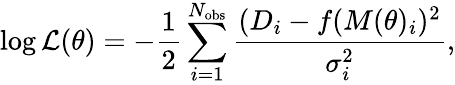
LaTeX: \log\mathcal{L}(\theta)=-\frac{1}{2}\sum_{i=1}^{N_{\mathrm{obs}}}\frac{(D_{i}-f(M(\theta)_{i})^{2}}{\sigma_{i}^{2}},